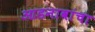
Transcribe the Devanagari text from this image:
आडनावांचा